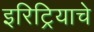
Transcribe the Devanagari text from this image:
इरिट्रियाचे